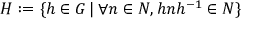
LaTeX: H : = \{ h \in G \, | \, \forall n \in N , h n h ^ { - 1 } \in N \}